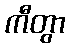
ကီတွာ